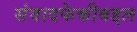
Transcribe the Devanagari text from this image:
संवादफेकीबद्दल